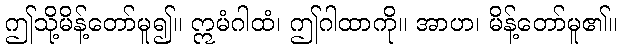
ဤသို့မိန့်တော်မူ၍။ ဣမံဂါထံ၊ ဤဂါထာကို။ အာဟ၊ မိန့်တော်မူ၏။